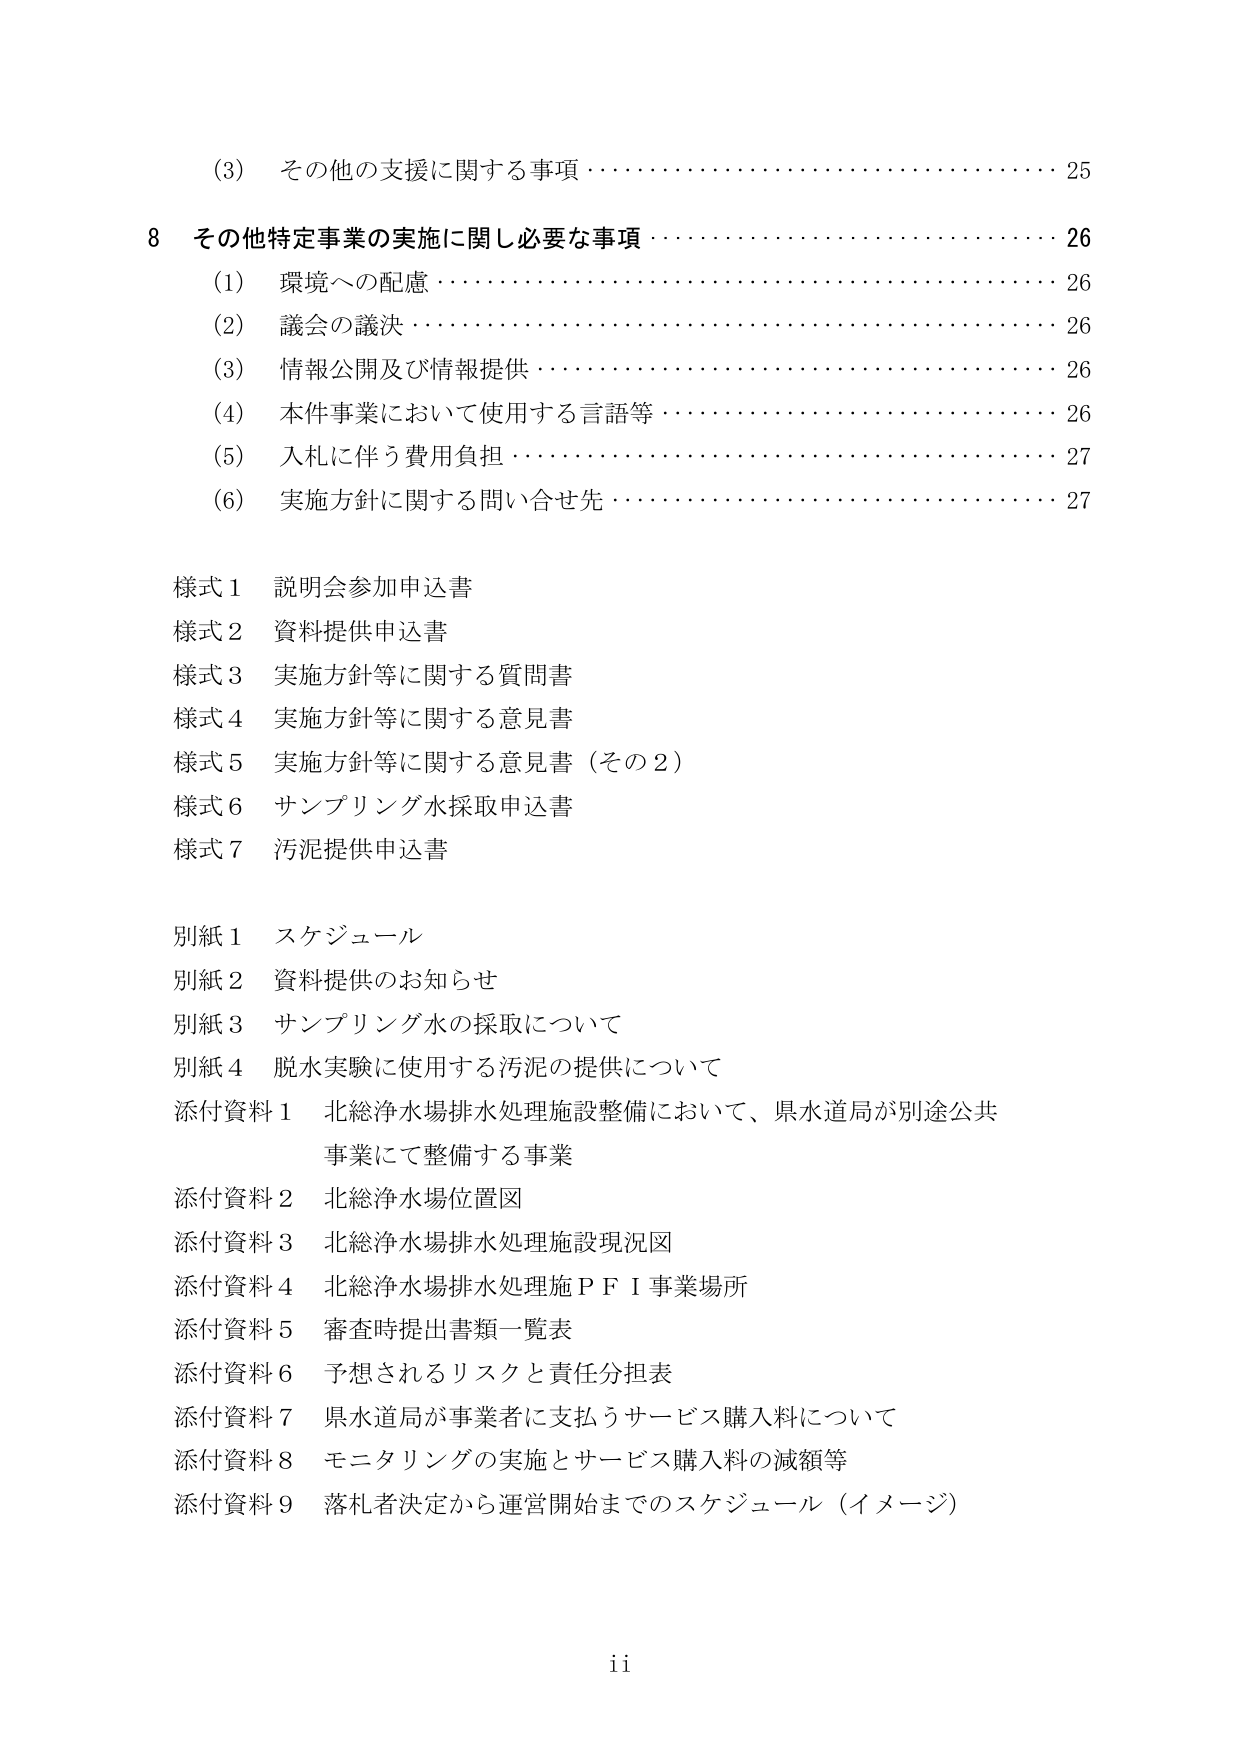
(3) その他の支援に関する事項・・・・・・・・・・・・・・・・・・・・・・・・・・・・・・・・・・・・・・・・25

8 その他特定事業の実施に関し必要な事項・・・・・・・・・・・・・・・・・・・・・・・・・・・・26
(1) 環境への配慮・・・・・・・・・・・・・・・・・・・・・・・・・・・・・・・・・・・・・・・・・・・・・・・・・・・・26
(2) 議会の議決・・・・・・・・・・・・・・・・・・・・・・・・・・・・・・・・・・・・・・・・・・・・・・・・・・・・26
(3) 情報公開及び情報提供・・・・・・・・・・・・・・・・・・・・・・・・・・・・・・・・・・・・・・・・・・・・26
(4) 本件事業において使用する言語等・・・・・・・・・・・・・・・・・・・・・・・・・・・・・・・・26
(5) 入札に伴う費用負担・・・・・・・・・・・・・・・・・・・・・・・・・・・・・・・・・・・・・・・・・・・・27
(6) 実施方針に関する問い合わせ先・・・・・・・・・・・・・・・・・・・・・・・・・・・・・・・・・・27

様式1 説明会参加申込書
様式2 資料提供申込書
様式3 実施方針等に関する質問書
様式4 実施方針等に関する意見書
様式5 実施方針等に関する意見書（その2）
様式6 サンプリング水採取申込書
様式7 汚泥提供申込書

別紙1 スケジュール
別紙2 資料提供のお知らせ
別紙3 サンプリング水の採取について
別紙4 脱水実験に使用する汚泥の提供について
添付資料1 北総浄水場排水処理施設整備において、県水道局が別途公共事業にて整備する事業
添付資料2 北総浄水場位置図
添付資料3 北総浄水場排水処理施設現況図
添付資料4 北総浄水場排水処理施設ＰＦＩ事業場所
添付資料5 審査時提出書類一覧表
添付資料6 予想されるリスクと責任分担表
添付資料7 県水道局が事業者に支払うサービス購入料について
添付資料8 モニタリングの実施とサービス購入料の減額等
添付資料9 落札者決定から運営開始までのスケジュール（イメージ）

ii